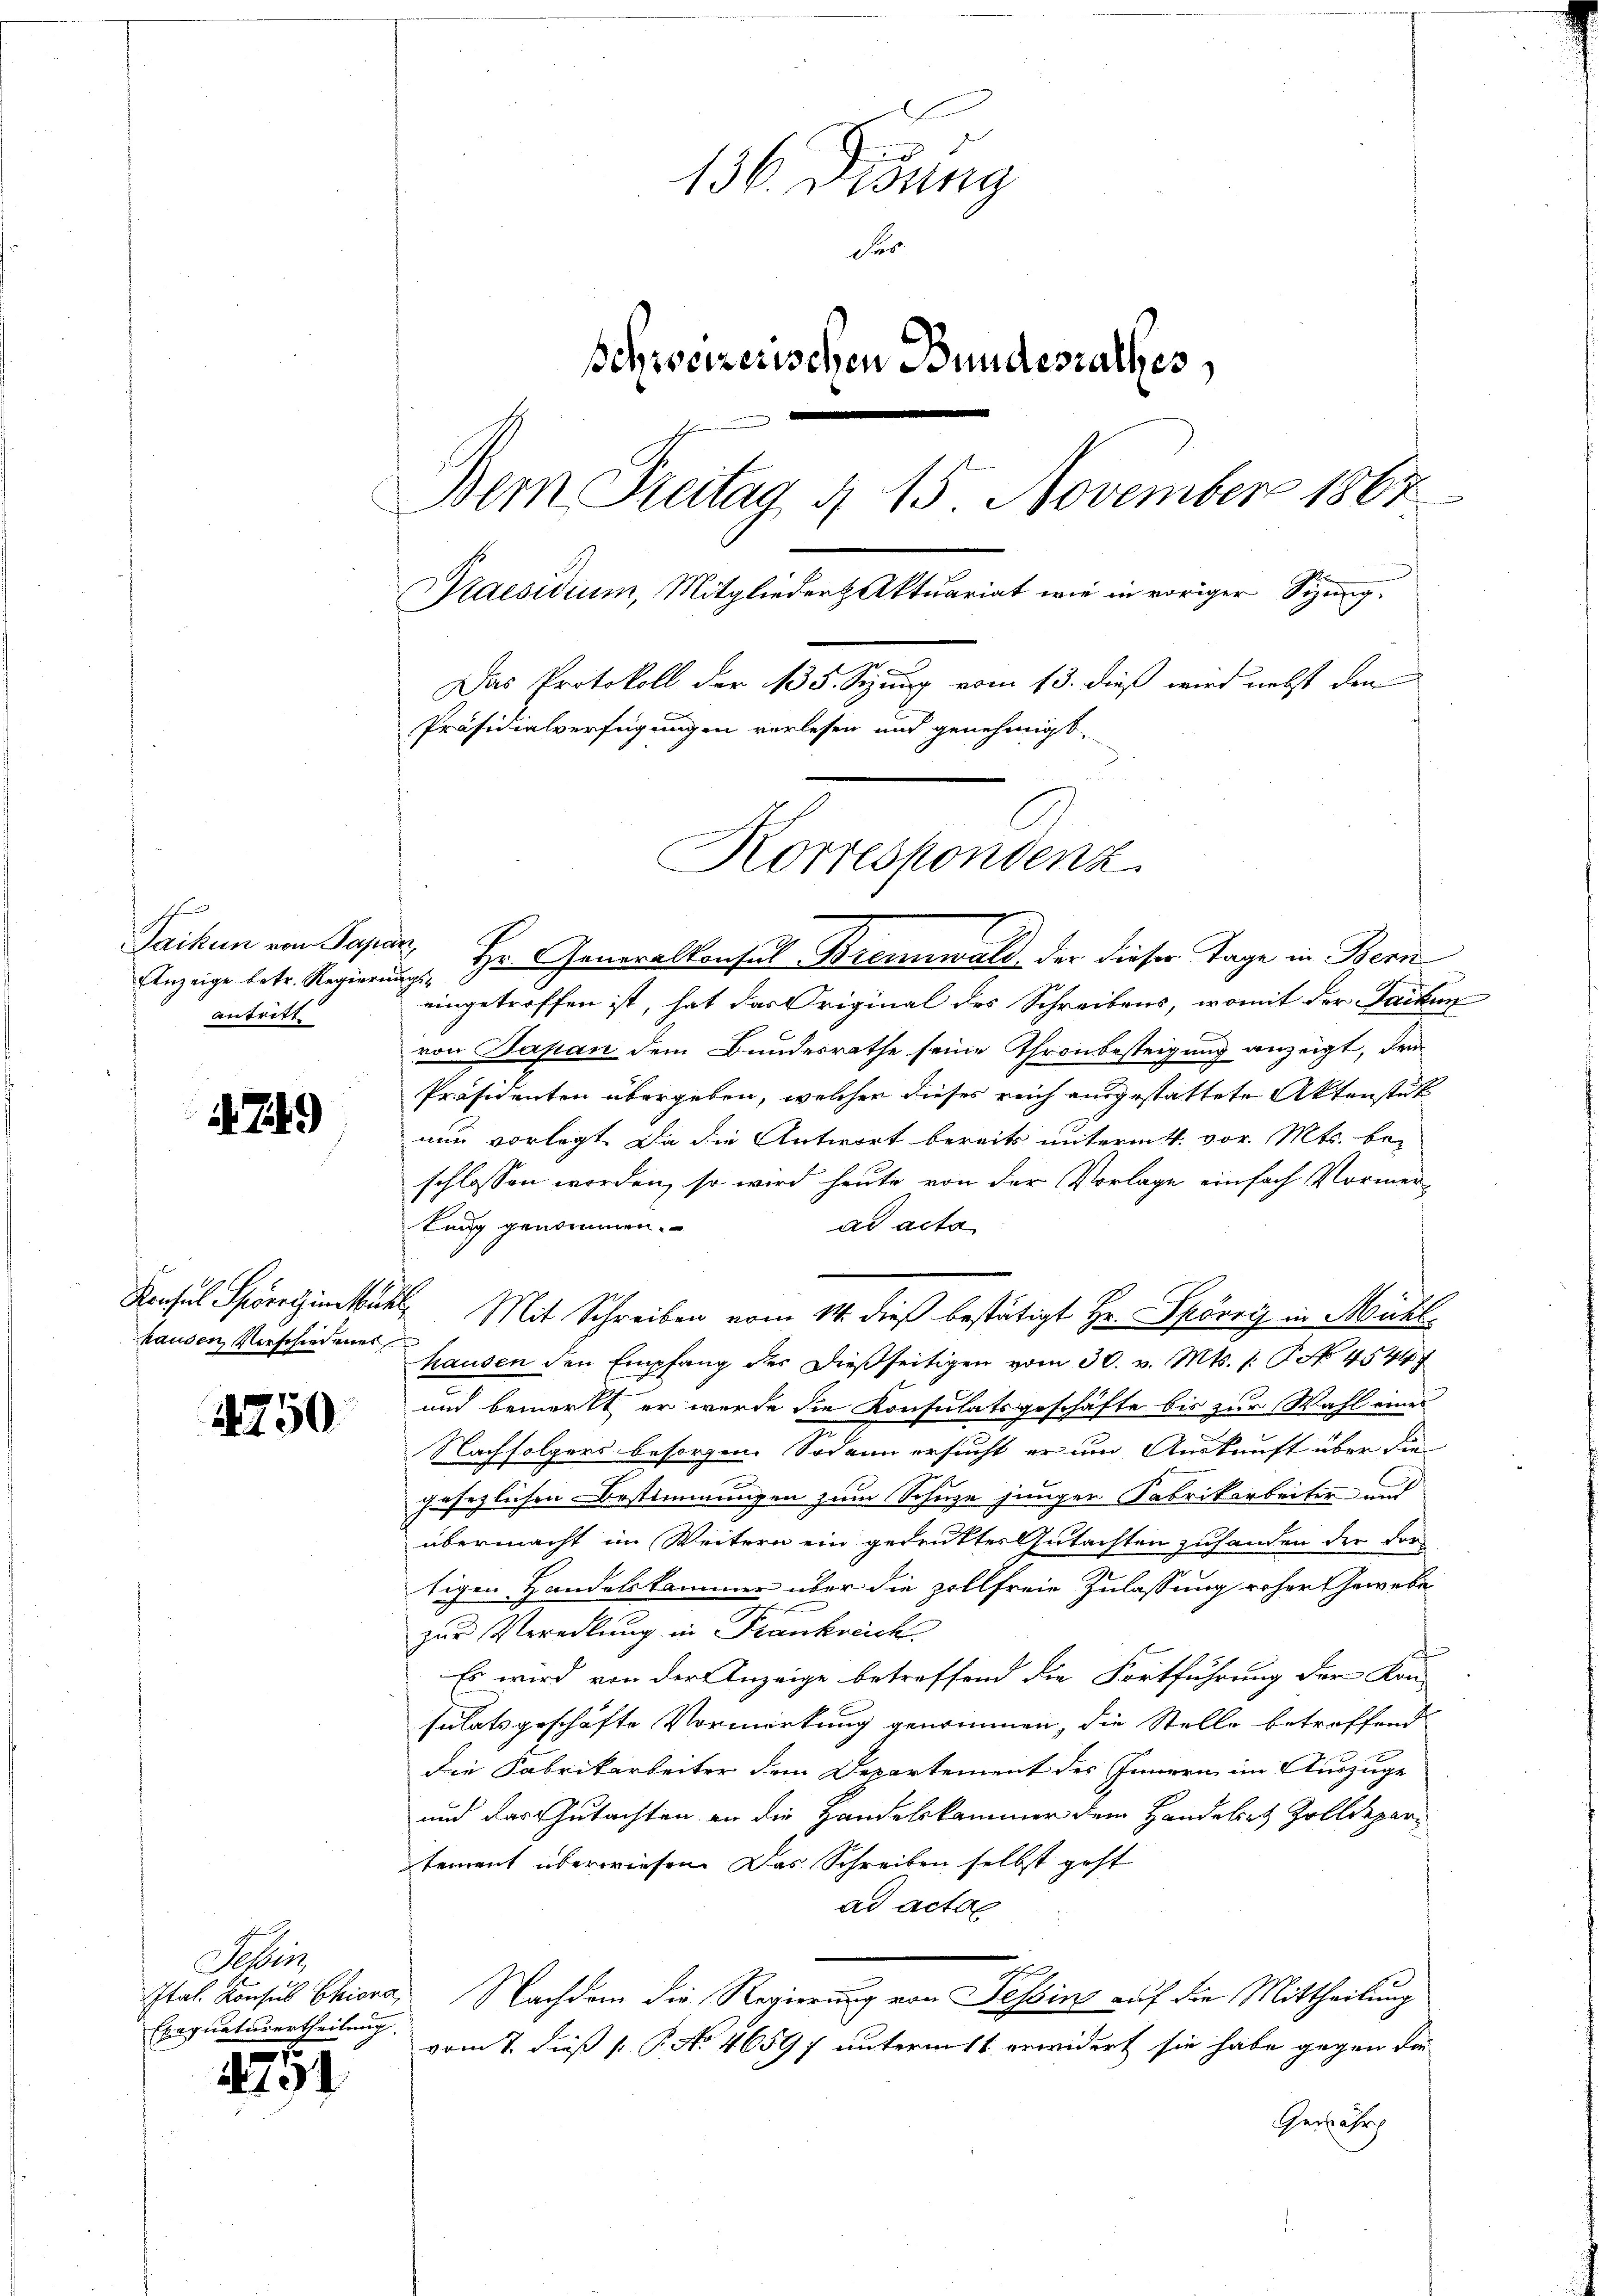
Anzeige betr. Regierungsantritt

749)

handen Verschiedenes

1750

Paikum von Papier, Hr. Generalkonsul Brennwald der dieser Tage in Bern
eingetroffen ist, hat das Original des Schreibens, womit der Facken
von Sapan dem Bundesrathe seine Thronbesteigung anzeigt, den
Präsidenten übergeben, welcher dieses reich ausgestattete Aktenstütz
nun vorlegt. Da die Antwort bereits unterm 4. vor. Mts. beschlossen worden, so wird heute von der Vorlage einfach Vormertung genommen.
ad acta
Reichael Spörrinkel Mit Schreiben vom 14. dieß bestätigt Hr. Spörri in Mühl
hausen den Empfang der dießseitigen vom 30. v. Mts. (T. 454
und bemerkt, er werde die Konsulatsgeschäfte bis zur Wahl eines
Nachfolgers besorgen. Sodann ersucht er und Auskunft über die
e
gesezlichen Bestimmungen zum Schuze junger Fabrikarbeiter und
übermacht im Weitern ein gedruktes Gutachten zufanden der dor
tigen Handelskammer über die zollfreie Zulassung roher Gewebe
n
zur Veredlung in Frankreich.
Es wird von der Anzeige betreffend die Fortführung der Kon-
sulatsgeschäfte Vormerkung genommen, die Stelle betreffend
die Fabrikarbeiter dem Departement des Innern im Auszuge
und das Gutachten an die Handelskammer dem Handelint Zolldepartement überwiesen. Das Schreiben selbst geht
ad acto
Ital. Konsul Chiara. Nachdem die Regierung von Tessin auf die Mittheilung
vom 7. dieß [ P. No 4659; unterm 11 erwidert sie habe gegen die
Gelahrh

Sebens
Exegnaturertheilung
1

194

136. Disung
Ser
schweizerischen Bundesrathes,
Dem Freitag, § 15. November 1867
Kaesidium, Mitglieder Aktuariat wie in voriger Sizung.
Das Protokoll der 135. Sizung vom 13. dieß wird nebst dem
Präsidialverfügungen verlesen und genehmigt,
Korrespondenz